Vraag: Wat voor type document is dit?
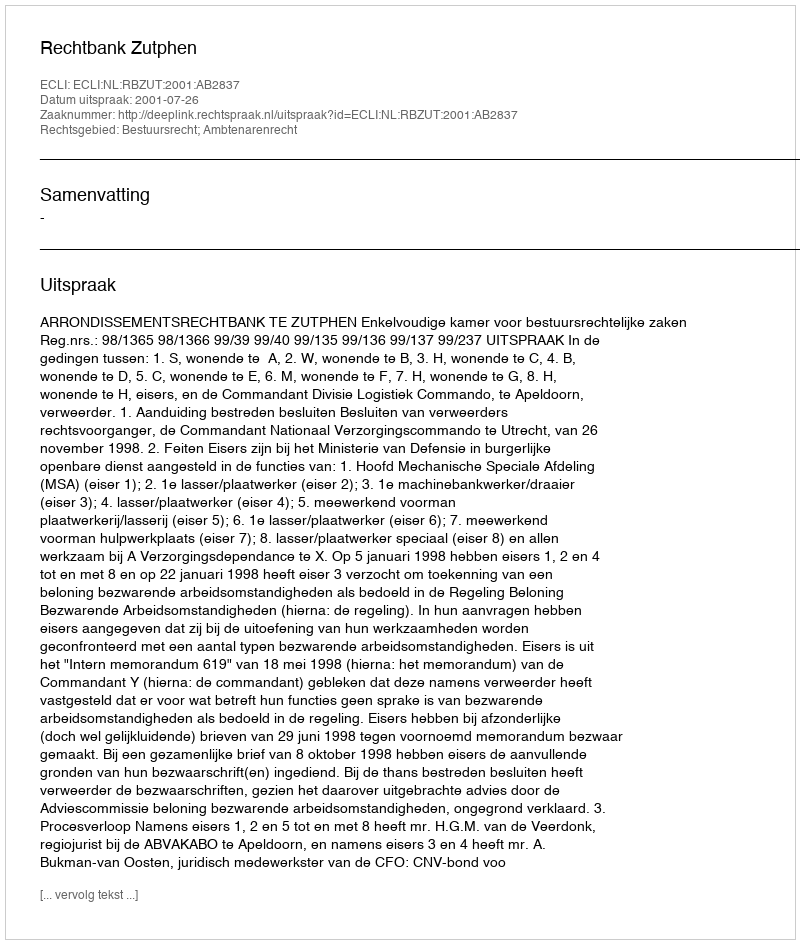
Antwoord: Uitspraak